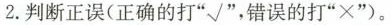
2.判断正误(正确的打”√”，错误的打”×”)。